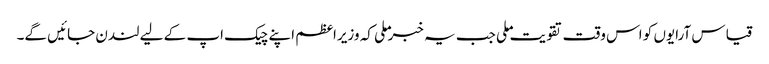
قیاس آرایوں کو اس وقت تقویت ملی جب یہ خبر ملی کہ وزیراعظم اپنے چیک اپ کے لیے لندن جائیں گے۔